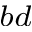
_ { b d }